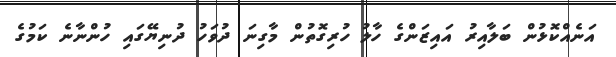
އަނެއްކޮޅުން ބަލާއިރު އައިޒަންގެ ހާލު ހުރިގޮތުން މާގިނަ ދުވަހު ދުނިޔޭގައި ހުންނާނެ ކަމުގެ